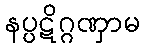
နပ္ပဋိဂ္ဂဏှာမ